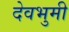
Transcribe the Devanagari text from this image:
देवभुमी